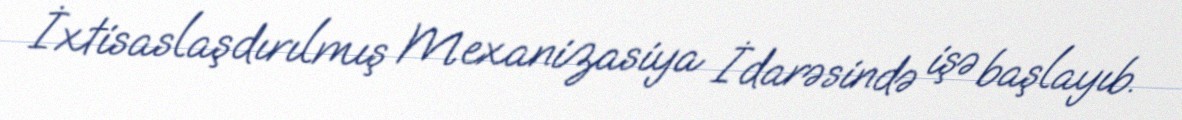
İxtisaslaşdırılmış Mexanizasiya İdarəsində işə başlayıb.